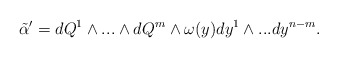
\begin{align*}{\tilde\alpha}^{\prime}=dQ^1 \wedge ... \wedge dQ^m \wedge \omega(y) dy^1\wedge ... dy^{n-m}.\end{align*}